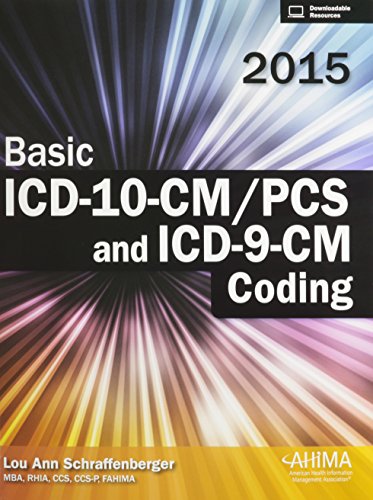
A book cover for Basic ICD-10-CM/PCS and ICD-9-CM Coding, 2015; Lou Ann Schraffenberger; Medical Books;